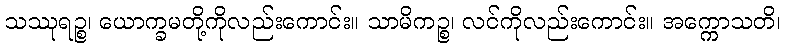
သဿုရဉ္စ၊ ယောက္ခမတို့ကိုလည်းကောင်း။ သာမိကဉ္စ၊ လင်ကိုလည်းကောင်း။ အက္ကောသတိ၊